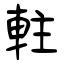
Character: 軴